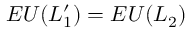
E U ( L _ { 1 } ^ { \prime } ) = E U ( L _ { 2 } )